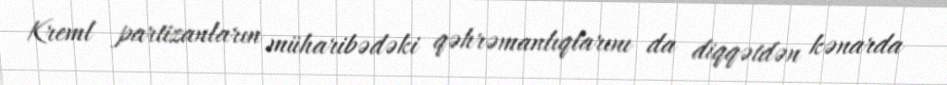
Kreml partizanların müharibədəki qəhrəmanlıqlarını da diqqətdən kənarda